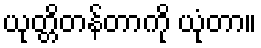
ယုတ္တိတန်တာကို ယုံတာ။